system: You are a helpful assistant.
user:
Analyze the provided spectrum to determine if it is a **"Cataclysmic Variables (CV)"**.

- **Key Indicators for CV (Check for either state):**
    - **State 1: Quiescent / Low-State (Emission-Dominated)**
        - **(Primary):** Strong and *very broad* Hydrogen Balmer emission lines (e.g., $H\alpha$ at 6563 Å, $H\beta$ at 4861 Å). The 'broadness' (high velocity dispersion, often FWHM > 1000 km/s) is the key diagnostic, indicating a high-velocity accretion disk.
        - **(Secondary):** Broad neutral Helium (He I) emission lines (e.g., 5876 Å, 6678 Å).
        - **(Key Confirmation):** Presence of high-excitation *ionized* Helium (He II) emission at 4686 Å. This is a strong indicator of accretion onto a white dwarf.
        - **(Line Profile):** Emission lines may exhibit a 'double-peaked' profile, which is a classic signature of a rotating accretion disk viewed at high inclination.

    - **State 2: Outburst / High-State (Absorption-Dominated)**
        - **(Primary):** Spectrum is dominated by a bright, blue continuum (looks like a hot star).
        - **(Secondary):** The emission lines from State 1 are weak, absent, or 'filled in', and are replaced by broad, shallow *absorption* lines (primarily Balmer and He I).
        - **(Morphology):** The overall spectrum mimics a hot B/A-type star. The crucial difference is that the absorption lines are significantly broader, shallower, and more 'washed-out' (or 'smeared') than the sharp lines of a normal stellar photosphere, due to high rotational speeds and pressure broadening in the disk.

Think first, call **spectral_visualization_tool** if needed to examine features in detail, then provide your final answer. Your response must adhere to the following strict rules:
1.  **Overall Structure:** Your response must follow the format `<think>...</think> <tool_call>...</tool_call> (if a tool is used) <answer>...</answer>`.
2.  **Tool Usage Constraint:** You may only make **one** tool call per turn.
3.  **Final Answer Format:** In the `<answer>` tag, your conclusion must be inside a `\boxed{}` command (e.g., `\boxed{YES}`), followed by your justification.

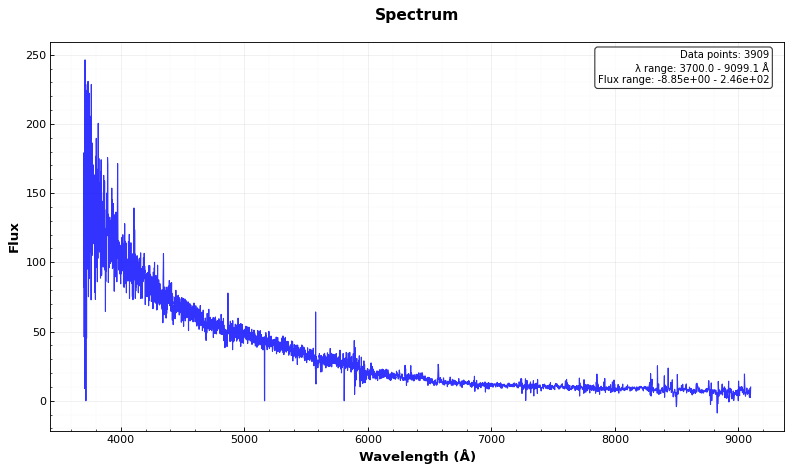
Answer: YES